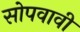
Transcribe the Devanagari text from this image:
सोपवावी